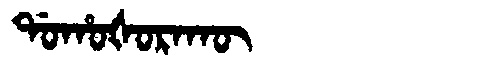
Manchu: ᡩᠣᡥᠣᡧᠣᡵᠠᡴᡡ
Romanization: DOHOŠORAKŪ